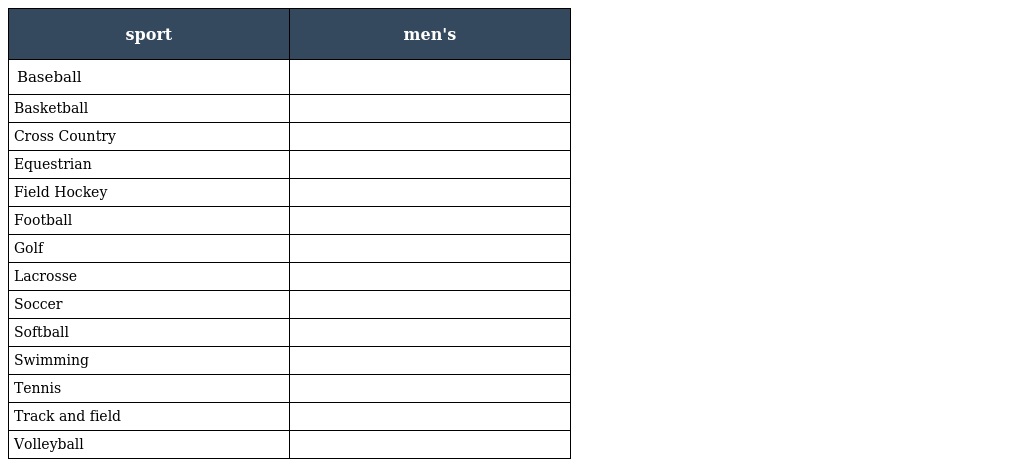
| sport | men's |
 | --- | --- |
 | Baseball |  |
 | Basketball |  |
 | Cross Country |  |
 | Equestrian |  |
 | Field Hockey |  |
 | Football |  |
 | Golf |  |
 | Lacrosse |  |
 | Soccer |  |
 | Softball |  |
 | Swimming |  |
 | Tennis |  |
 | Track and field |  |
 | Volleyball |  |